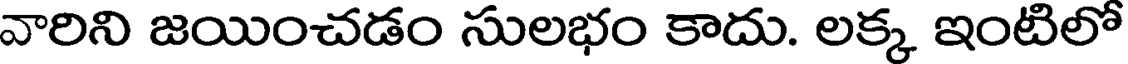
వారిని జయించడం సులభం కాదు. లక్క ఇంటిలో